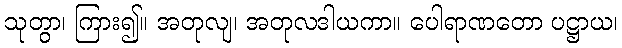
သုတွာ၊ ကြား၍။ အတုလျ၊ အတုလဒါယကာ။ ပေါရာဏတော ပဋ္ဌာယ၊